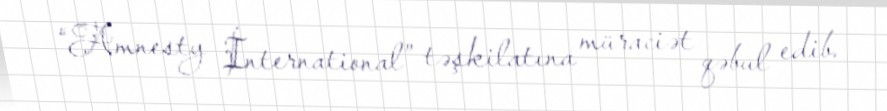
“Amnesty İnternational” təşkilatına müraciət qəbul edib.